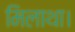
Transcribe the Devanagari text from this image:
मिलाथा।